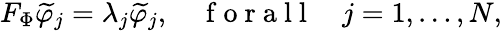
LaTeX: F_{\Phi}\widetilde{\varphi}_{j}=\lambda_{j}\widetilde{\varphi}_{j},\quad\mathrm{~f~o~r~a~l~l~}\quad j=1,\ldots,N,